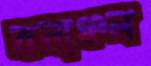
বনাঞ্চল